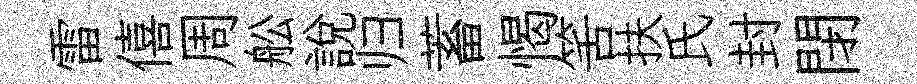
雷僖周舩説归蓄愒筈扶氏封閉